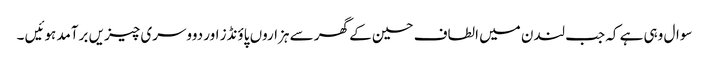
سوال وہی ہے کہ جب لندن میں الطاف حسین کے گھر سے ہزاروں پاؤنڈز اور دووسری چیزیں برآمد ہوئیں ۔